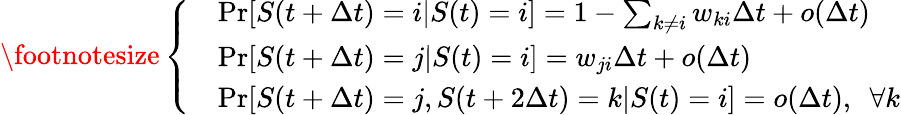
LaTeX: \begin{array}{r}{\footnotesize\left\{ \begin{array}{ll}&{\operatorname*{Pr}[S(t+\Delta t)=i|S(t)=i]=1-\sum_{k\neq i}w_{ki}\Delta t+o(\Delta t)}\\ &{\operatorname*{Pr}[S(t+\Delta t)=j|S(t)=i]=w_{ji}\Delta t+o(\Delta t)}\\ &{\operatorname*{Pr}[S(t+\Delta t)=j,S(t+2\Delta t)=k|S(t)=i]=o(\Delta t),~~\forall k}\end{array}\right.}\end{array}